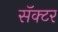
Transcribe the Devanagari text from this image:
सॅक्टर